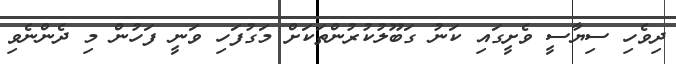
ދިވެހި ސިޔާސީ ވެށީގައި ކަނު ގަބޫލުކުރުންތަކަށް މަގުފަހި ވަނީ ފަހުން މި ދެންނެވި